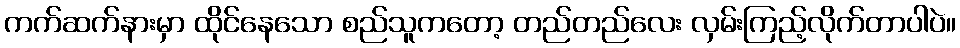
ကက်ဆက်နားမှာ ထိုင်နေသော စည်သူကတော့ တည်တည်လေး လှမ်းကြည့်လိုက်တာပါပဲ။